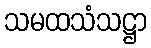
သမထသံသဋ္ဌာ